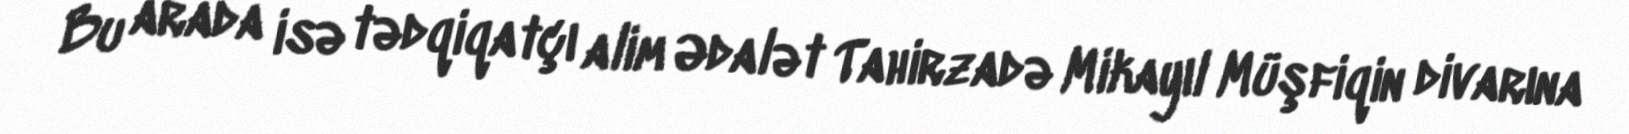
Bu arada isə tədqiqatçı alim Ədalət Tahirzadə Mikayıl Müşfiqin divarına